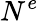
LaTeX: N^{e}